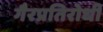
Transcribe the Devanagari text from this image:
गैरप्रतिरोधी